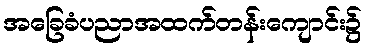
အခြေခံပညာအထက်တန်းကျောင်း၌